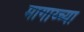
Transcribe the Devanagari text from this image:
मागाय्च्या